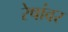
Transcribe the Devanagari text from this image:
रेषांवर